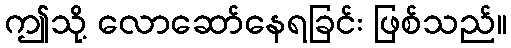
ဤသို့ လောဆော်နေရခြင်း ဖြစ်သည်။